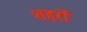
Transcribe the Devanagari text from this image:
शहरों